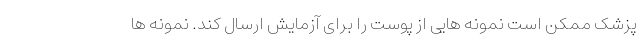
پزشک ممکن است نمونه هایی از پوست را برای آزمایش ارسال کند. نمونه ها